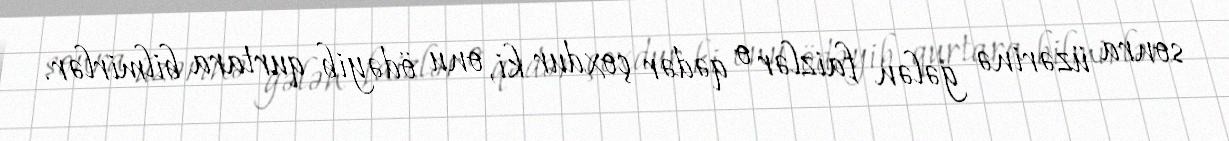
sonra üzərinə gələn faizlər o qədər çoxdur ki, onu ödəyib qurtara bilmirlər.